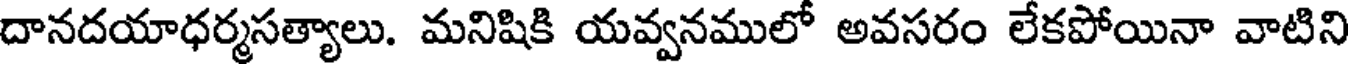
దానదయాధర్మసత్యాలు. మనిషికి యవ్వనములో అవసరం లేకపోయినా వాటిని